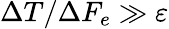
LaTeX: \Delta T/\Delta F_{e}\gg\varepsilon